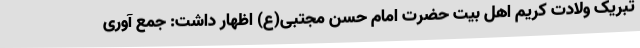
تبریک ولادت کریم اهل بیت حضرت امام حسن مجتبی(ع) اظهار داشت: جمع آوری